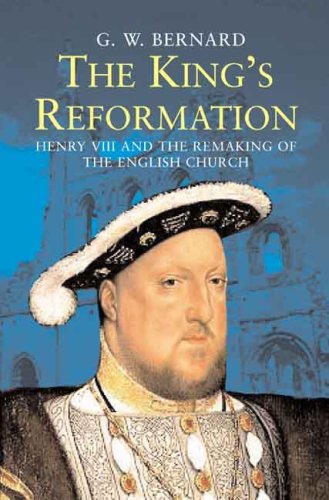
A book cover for The KingEEs Reformation: Henry VIII and the Remaking of the English Church; G.W. Bernard; Christian Books & Bibles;